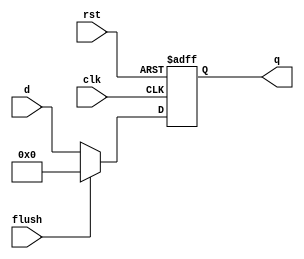
`timescale 1ns / 1ps
//////////////////////////////////////////////////////////////////////////////////
// Company: 
// Engineer: 
// 
// Design Name: 
// Module Name: floprc
// Project Name: 
// Target Devices: 
// Tool Versions: 
// Description: 
// 
// Dependencies: 
// 
// Revision:
// Revision 0.01 - File Created
// Additional Comments:
// 
//////////////////////////////////////////////////////////////////////////////////


//floprc #(5) r4E(clk,rst,flushE,rsD,rsE);

module floprc #(parameter WIDTH = 8)(
	input wire clk,rst,flush,
	input wire [WIDTH-1:0] d,
	output reg [WIDTH-1:0] q
    );

	always @(posedge clk or posedge rst) begin
		if(rst) begin
			q <= 0;
		end

		else if(flush) begin
			q <= 0;
		end

		else begin
			q <= d;
		end
	end
endmodule